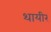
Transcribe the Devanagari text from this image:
थायीर